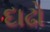
દાઢો